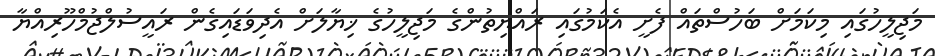
މަޖިލީހުގައި މިކަމަށް ބަހުސްތައް ފެށީ އެކަމުގައި ރައްޔިތުންގެ މަޖިލީހުގެ ޚިޔާލަށް އެދިވަޑައިގެން ރައީސުލްޖުމްހޫރިއްޔާ